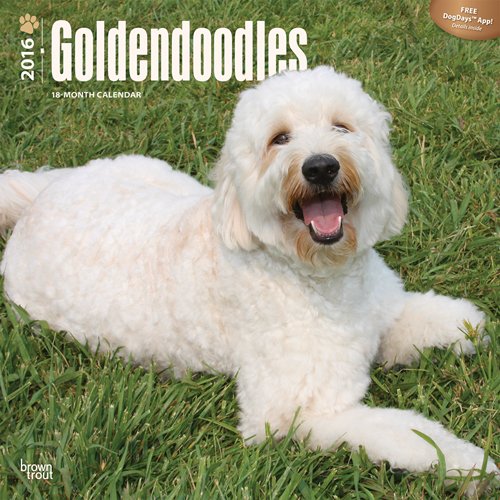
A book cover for Goldendoodles 2016 Square 12x12 (Multilingual Edition); Browntrout Publishers; Calendars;